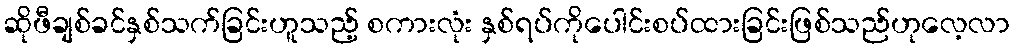
ဆိုဖီချစ်ခင်နှစ်သက်ခြင်းဟူသည့် စကားလုံး နှစ်ရပ်ကိုပေါင်းစပ်ထားခြင်းဖြစ်သည်ဟုလေ့လာ